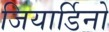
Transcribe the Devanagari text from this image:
जियार्डिनो